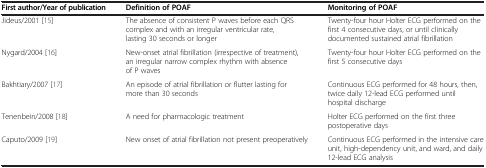
| First author/Year of publication | Definition of POAF | Monitoring of POAF |
 | --- | --- | --- |
 | Jideus/2001 [15] | The absence of consistent P waves before each QRS complex and with an irregular ventricular rate, lasting 30 seconds or longer | Twenty-four hour Holter ECG performed on the first 4 consecutive days, or until clinically documented sustained atrial fibrillation |
 | Nygard/2004 [16] | New-onset atrial fibrillation (irrespective of treatment), an irregular narrow complex rhythm with absence of P waves | Twenty-four hour Holter ECG performed on the first 5 consecutive days |
 | Bakhtiary/2007 [17] | An episode of atrial fibrillation or flutter lasting for more than 30 seconds | Continuous ECG performed for 48 hours, then, twice daily 12-lead ECG performed until hospital discharge |
 | Tenenbein/2008 [18] | A need for pharmacologic treatment | Holter ECG performed on the first three postoperative days |
 | Caputo/2009 [19] | New onset of atrial fibrillation not present preoperatively | Continuous ECG performed in the intensive care unit, high-dependency unit, and ward, and daily 12-lead ECG analysis |